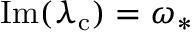
\operatorname { I m } ( \lambda _ { \mathrm { c } } ) = \omega _ { * }